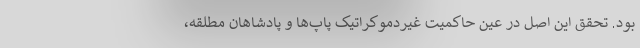
بود. تحقق این اصل در عین حاکمیت غیردموکراتیک پاپ‌ها و پادشاهان مطلقه،